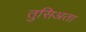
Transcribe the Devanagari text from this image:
तुसिअता